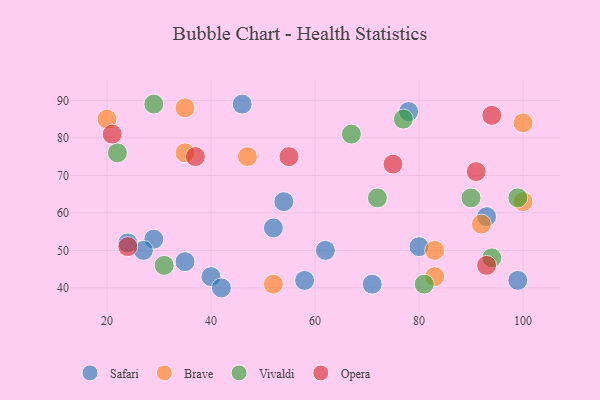
{"axis": {"x": "GDP", "y": "Life Expectancy"}, "legend": ["Brave", "Opera", "Safari", "Vivaldi"], "data": [{"x": "40", "y": 43, "type": "Safari"}, {"x": "62", "y": 50, "type": "Safari"}, {"x": "46", "y": 89, "type": "Safari"}, {"x": "29", "y": 53, "type": "Safari"}, {"x": "99", "y": 42, "type": "Safari"}, {"x": "58", "y": 42, "type": "Safari"}, {"x": "80", "y": 51, "type": "Safari"}, {"x": "27", "y": 50, "type": "Safari"}, {"x": "35", "y": 47, "type": "Safari"}, {"x": "54", "y": 63, "type": "Safari"}, {"x": "52", "y": 56, "type": "Safari"}, {"x": "71", "y": 41, "type": "Safari"}, {"x": "78", "y": 87, "type": "Safari"}, {"x": "24", "y": 52, "type": "Safari"}, {"x": "93", "y": 59, "type": "Safari"}, {"x": "42", "y": 40, "type": "Safari"}, {"x": "100", "y": 63, "type": "Brave"}, {"x": "100", "y": 84, "type": "Brave"}, {"x": "20", "y": 85, "type": "Brave"}, {"x": "92", "y": 57, "type": "Brave"}, {"x": "47", "y": 75, "type": "Brave"}, {"x": "35", "y": 76, "type": "Brave"}, {"x": "83", "y": 50, "type": "Brave"}, {"x": "52", "y": 41, "type": "Brave"}, {"x": "83", "y": 43, "type": "Brave"}, {"x": "35", "y": 88, "type": "Brave"}, {"x": "22", "y": 76, "type": "Vivaldi"}, {"x": "99", "y": 64, "type": "Vivaldi"}, {"x": "72", "y": 64, "type": "Vivaldi"}, {"x": "81", "y": 41, "type": "Vivaldi"}, {"x": "29", "y": 89, "type": "Vivaldi"}, {"x": "77", "y": 85, "type": "Vivaldi"}, {"x": "31", "y": 46, "type": "Vivaldi"}, {"x": "90", "y": 64, "type": "Vivaldi"}, {"x": "94", "y": 48, "type": "Vivaldi"}, {"x": "67", "y": 81, "type": "Vivaldi"}, {"x": "93", "y": 46, "type": "Opera"}, {"x": "75", "y": 73, "type": "Opera"}, {"x": "55", "y": 75, "type": "Opera"}, {"x": "37", "y": 75, "type": "Opera"}, {"x": "21", "y": 81, "type": "Opera"}, {"x": "24", "y": 51, "type": "Opera"}, {"x": "91", "y": 71, "type": "Opera"}, {"x": "94", "y": 86, "type": "Opera"}]}